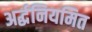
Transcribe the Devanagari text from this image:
अर्द्धनियमित